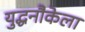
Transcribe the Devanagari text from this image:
युद्धनौकेला